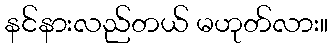
နင်နားလည်တယ် မဟုတ်လား။